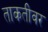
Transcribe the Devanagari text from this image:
ताकतीवर